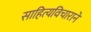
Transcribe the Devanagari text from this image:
साहित्यविचाराने